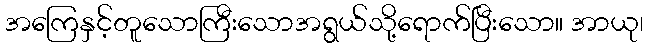
အကြေနှင့်တူသောကြီးသောအရွယ်သို့ရောက်ပြီးသော။ အာယု၊